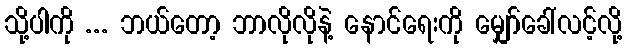
သို့ပါကို ... ဘယ်တော့ ဘာလိုလိုနဲ့ နောင်ရေးကို မျှော်ခေါ်လင့်လို့